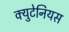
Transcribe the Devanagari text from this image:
क्युटेनियस